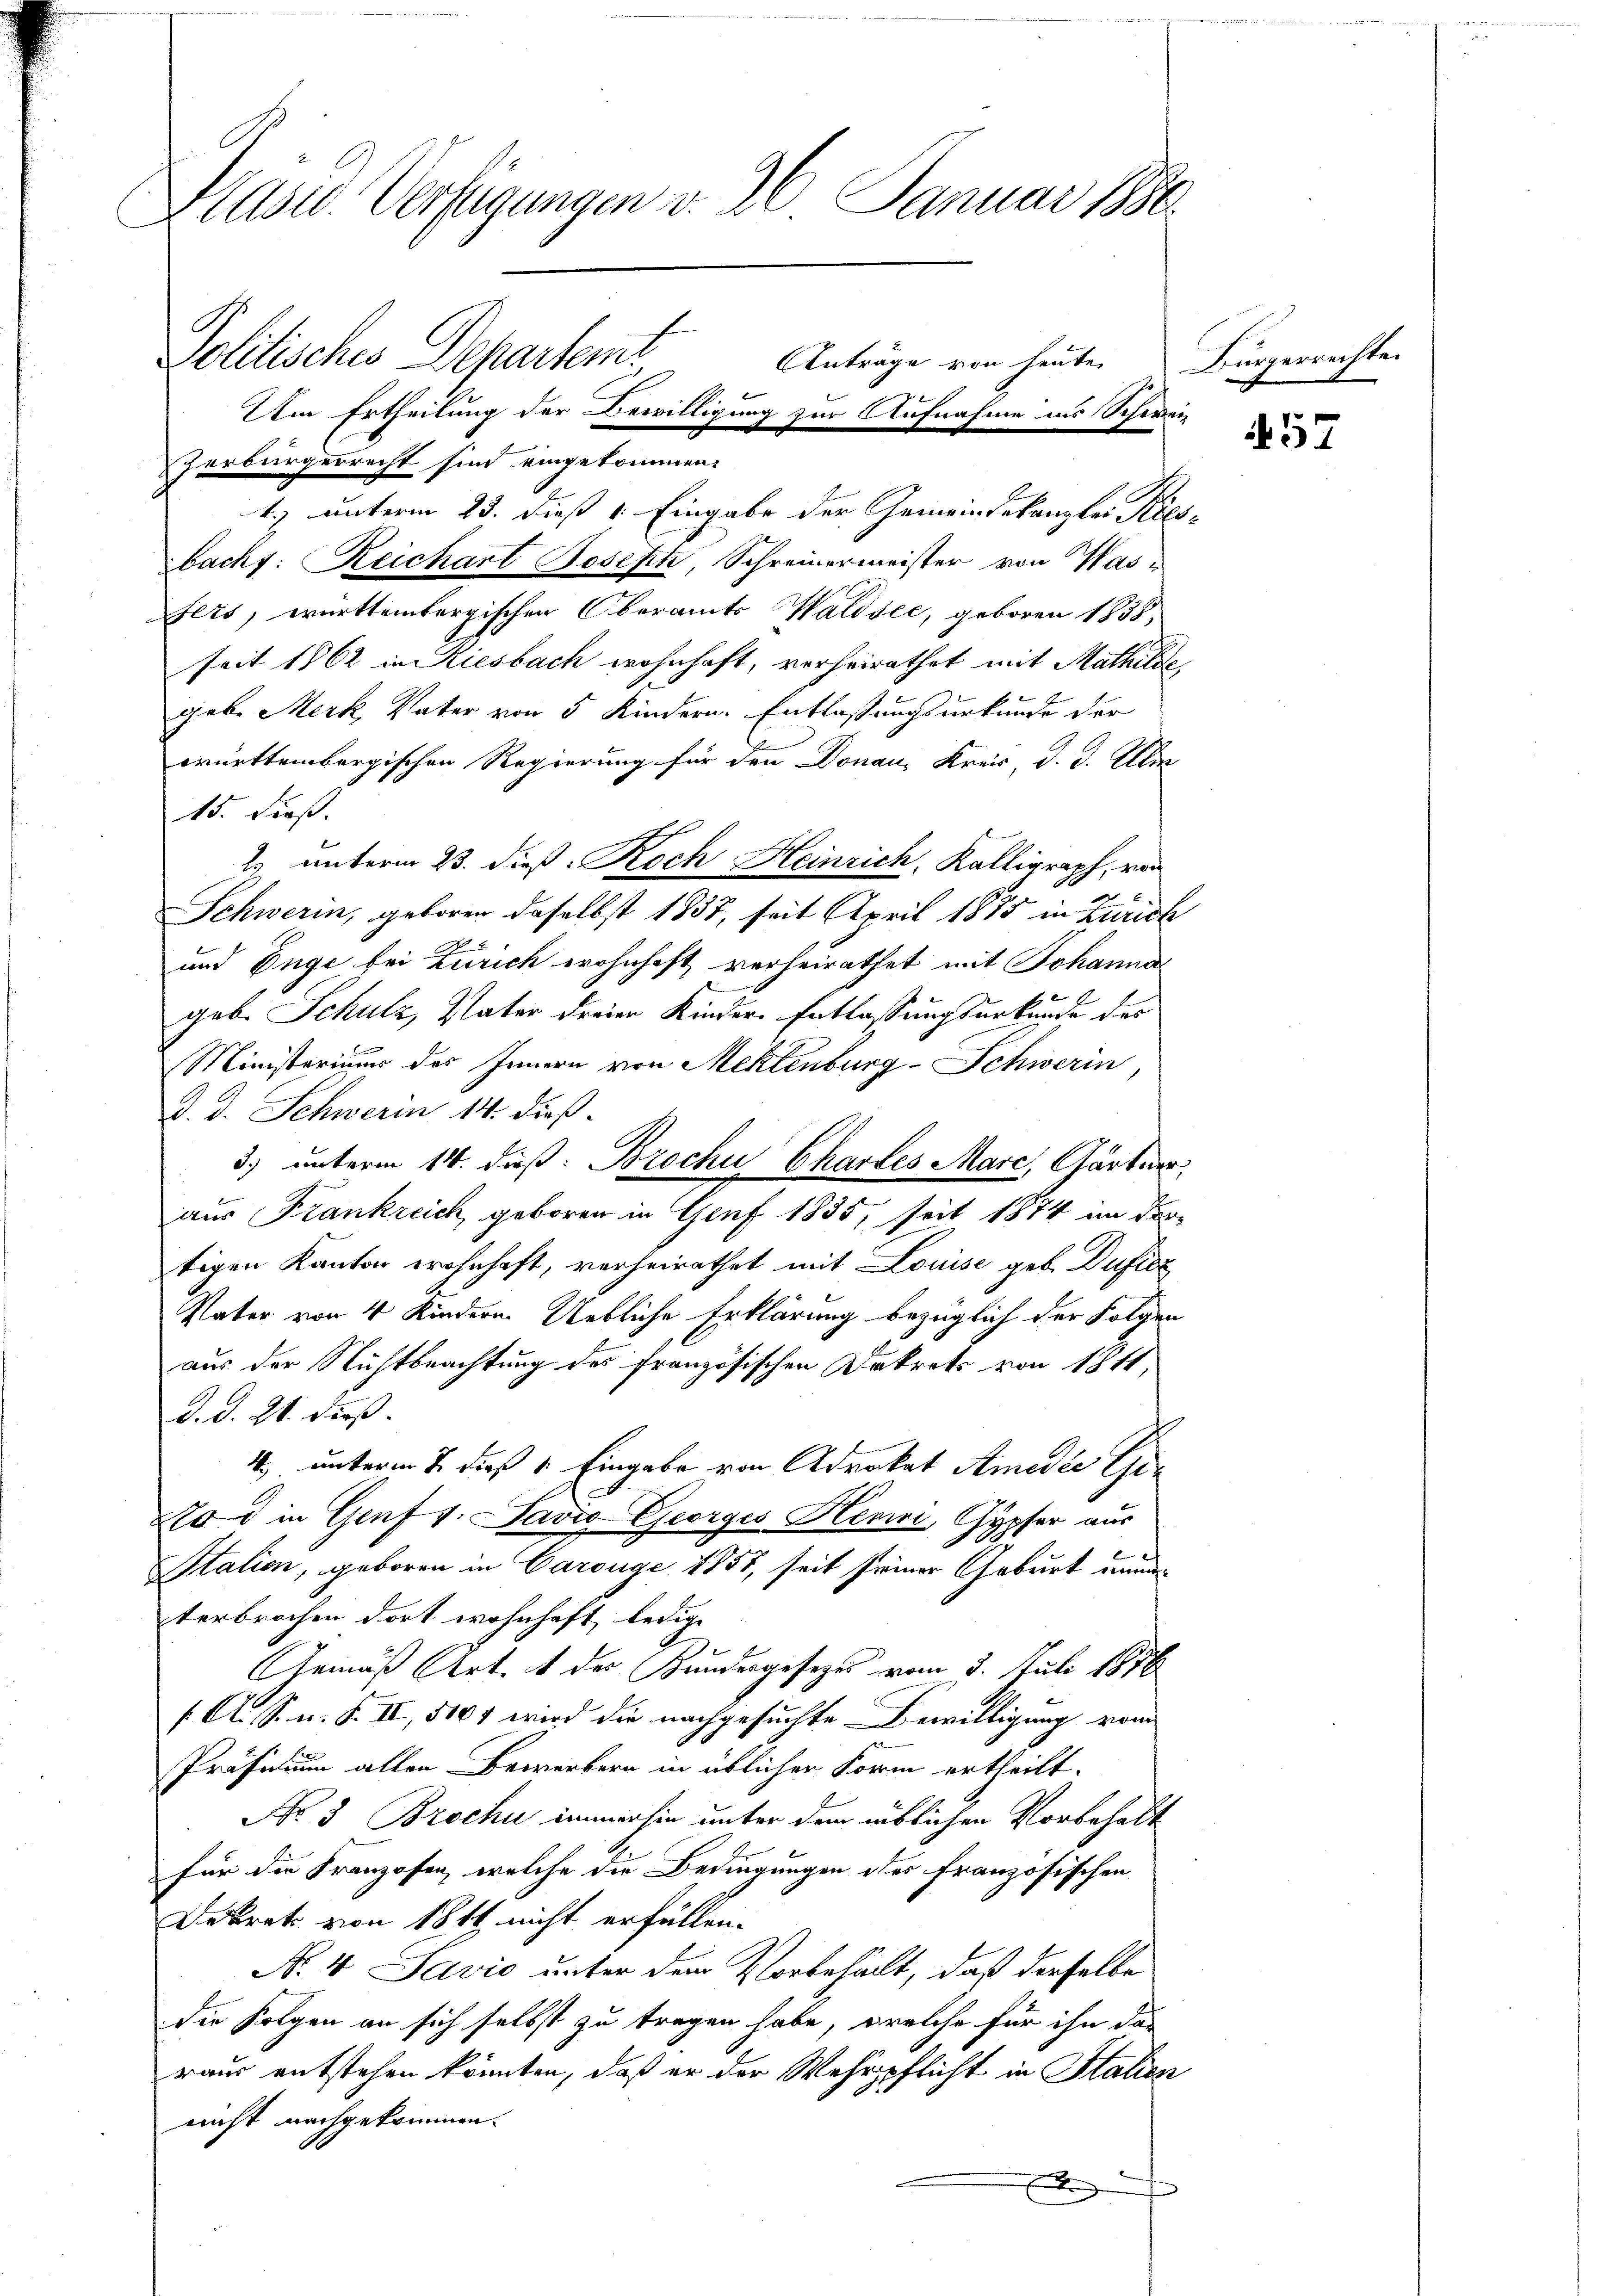
Präses Verfügungen v. 26. Januar 1880
Politisches Departemt
Anträge von heute.
Um Ertheilung der Bewilligung zur Aufnahme ins Schweizerbürgerrecht sind eingekommen:

t.) unterm 23. dieß 1 Eingabe der Gemeindekanzlei Ries
Bachs: Reichart Joseph Schreinermeister von Wasfers, württembergischen Oberamts Waldsee, geboren 1858,
seit 1862 in Ausbach wohnhaft, verheirathet mit Mathilde
gebe Merk, Vater von 5 Kindern. Entlassungsurkunde der
württembergischen Regierung für den Donau, Kreis d. d. Aber
15. dieß.
2. unterm 23. dieß Koch Heinrich, Kalligraph, von
Schweren, geboren daselbst 1837, seit April 1885 in Zürich
und Enge bei Zürich wohnhaft, verheirathet mit Johanna
geb. Schulz, Vater dreien Kinder-Entlassungsurkunde des
Ministeriums des Innern von Meklenburg-Schwerin
D. d. Schweren 14. dieß.
3) unterm 14. dieß: Broche Chartes Marc, Gärter,
aus Frankreich, geboren in Genf 1835, seit 1874 in dro
tigen Kanton wohnhaft, verheirathet mit Louise geb. Duficz
Vater von 4 Kindern. Uebliche Erklärung bezüglich der Folgen
aus der Nichtbeachtung des französischen Dekrets von 1811,
d. d. 21. dieß.
4., unterm 7. dieß 1. Eingabe von Advokat Amedie Ge¬
 d in Genf 1. David Georges Henri, Gypfer aus
Station, geboren in Carouge 1855, seit seiner Geburt nun
terbrochen dort wohnhaft, ledige
Gemäß Art. 1 des Bundergesezes vom 3. Juli 1856
(A. S. n. F. II, 5104 wird die nachgesuchte Bewilligung vom
Präsidium allen Bewerbern in üblicher Form ertheilt.
No 3 Brochi immerhin unter dem üblichen Vorbehalt
für die Franzosen, welche die Bedingungen des französischen
Dekret von 18 tl nicht erfüllen.
N. 4. Savio unter dem Vorbehält, daß derselbe
die Folgen an sich selbst zu tragen habe, welche für ihn das
raus entstehen könnten, daß er der Wehrpflicht in Italien
nicht nachgekommen.
E

Bürgerrechte.

1

57